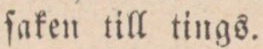
ſaken till tings.